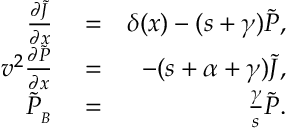
\begin{array} { r l r } { \frac { \partial { \widetilde { J } } } { \partial x } } & { { } = } & { \delta ( x ) - ( s + \gamma ) { \widetilde P } , } \\ { v ^ { 2 } \frac { \partial { \widetilde P } } { \partial x } } & { { } = } & { - ( s + \alpha + \gamma ) { \widetilde J } , } \\ { { \widetilde P } _ { _ B } } & { { } = } & { \frac { \gamma } { s } { \widetilde P } . } \end{array}